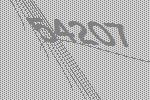
54207